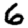
Digit: 6